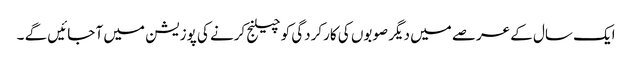
ایک سال کے عرصے میں دیگر صوبوں کی کارکردگی کو چیلنج کرنے کی پوزیشن میں آ جائیں گے ۔